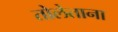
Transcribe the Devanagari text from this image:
तोलेताना